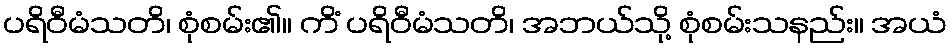
ပရိဝီမံသတိ၊ စုံစမ်း၏။ ကိံ ပရိဝီမံသတိ၊ အဘယ်သို့ စုံစမ်းသနည်း။ အယံ